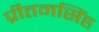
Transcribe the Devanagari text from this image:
प्रीतमसिंह